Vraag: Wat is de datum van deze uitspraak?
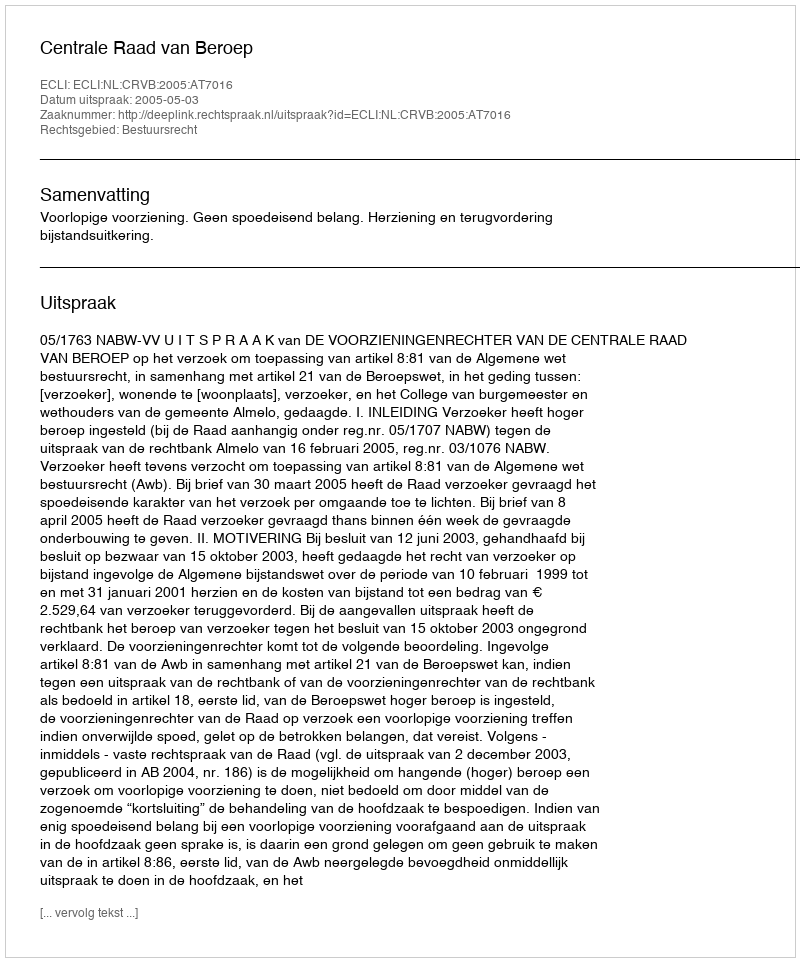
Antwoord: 2005-05-03